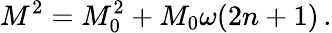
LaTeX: M^{2}=M_{0}^{2}+M_{0}\omega(2n+1)\, .